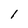
Character: l